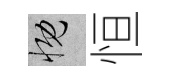
慨恒